Annual report on the working of the mental hospitals in the Madras Presidency - 1912-1932
Year: 1912
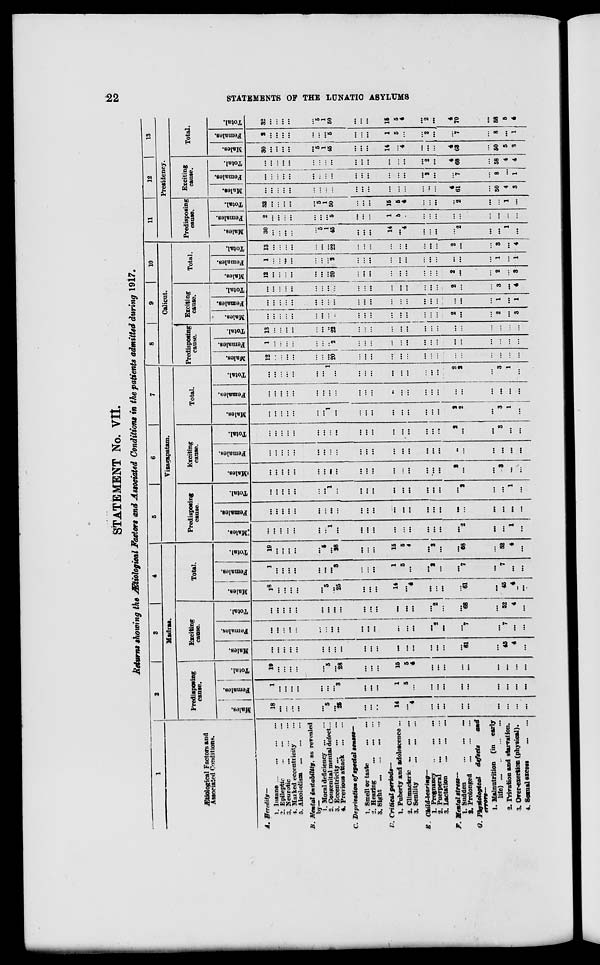
22
STATEMENTS OF THE LUNATIC ASYLUMS
STATEMENT No. VII.
Returns showing the Ætiological Factors and Associated Conditions in the patients admitted during 1917.
1
Ætiological Factors and
Associated Conditions.
A. Heredity—
1. Insane ... ... ... ...
2. Epileptic
...
...
...
3. Neurotic
...
...
...
4. Marked eccentricity ...
5. Alcoholism ...
...
...
B. Mental instability, as revealed
by—
1. Moral deficiency ... ...
2. Congenital mental defect...
3. Eccentricity ... ... ...
4. Previous attack ... ...
C. Deprivation of special senses—
1. Smell or taste
...
...
2. Hearing ... ... ...
3. Sight ...
...
...
...
D. Critical periods—
1. Puberty and adolescence ...
2. Climacteric ... ... ...
3. Senility
...
...
...
E. Child-bearing—
1. Pregnancy
...
...
...
2. Puerperal
...
...
...
3. Lactation ... ... ...
F. Mental stress—
1. Sudden
...
...
...
2. Prolonged
...
...
...
G. Physiological defects and
errors—
1. Malnutrition (in early
life) ... ... ... ...
2. Privation and starvation.
3. Over-exertion (physical).
4.Sexual excess ... ...
2
3
4
Madras.
Predisposing
cause.
Males.
18
...
...
...
...
...
5
...
25
...
...
...
14
...
4
...
...
...
...
...
...
...
...
...
Females.
1
...
...
...
...
...
...
...
3
...
...
...
1
5
...
...
...
...
...
...
...
...
...
...
Total.
19
...
...
...
...
...
5
...
28
...
...
...
15
5
4
...
...
...
...
...
...
...
...
...
Exciting
cause.
Males.
...
...
...
...
...
...
...
...
...
...
...
...
...
...
...
...
...
...
...
61
...
45
4
...
Females.
...
...
...
...
...
...
...
...
...
...
...
...
...
...
...
...
2
...
...
7
...
7
...
...
Total.
...
...
...
...
...
...
...
...
...
...
...
...
...
...
...
... 2
...
...
68
...
52
4
...
Total.
Males.
18
...
...
...
...
...
5
...
25
...
...
...
14
...
4
...
...
...
...
61
...
45
4
...
Females.
1
...
...
...
...
...
...
...
3
...
...
...
1
5
...
...
2
...
...
7
...
7
...
...
Total.
19
...
...
...
...
...
5
...
28
...
...
...
15
5
4
...
2
...
...
68
...
52
4
...
5
6
7
Vizagapatam.
Predisposing
cause.
Males.
...
...
...
...
...
...
...
1
...
...
...
...
...
...
...
...
...
...
...
2
...
...
1
...
Females.
...
...
...
...
...
...
...
...
...
...
...
...
...
...
...
... ...
...
...
...
...
...
...
...
Total.
...
...
...
...
...
...
...
1
...
...
...
...
...
...
...
...
...
...
...
2
...
...
1
...
Exciting
cause.
Males.
...
...
...
...
...
...
...
...
...
...
...
...
...
...
...
...
...
...
2
...
...
3
...
...
Females.
...
...
...
...
...
...
...
...
...
...
...
...
...
...
...
...
...
...
...
...
...
...
...
...
Total.
...
...
...
...
...
...
...
...
...
...
...
...
...
...
...
...
...
...
2
...
...
3
...
...
Total.
Males.
...
...
...
...
...
...
...
1
...
...
...
...
...
...
...
...
...
...
2
2
...
3
1
...
Females.
...
...
...
...
...
...
...
...
...
...
...
...
...
...
...
...
...
...
...
...
...
...
...
...
Total.
...
...
...
...
...
...
...
1
...
...
...
...
...
...
...
...
...
...
2
2
...
3
1
...
8
9
10
Calicut.
Predisposing
cause.
Males.
12
...
...
...
...
...
...
...
20
...
...
...
...
...
...
...
...
...
...
...
...
...
...
...
Females.
1
...
...
...
...
...
...
...
2
...
...
...
...
...
...
...
...
...
...
...
...
...
...
...
Total.
13
...
...
...
...
...
...
...
22
...
...
...
...
...
...
...
...
...
...
...
...
...
...
...
Exciting
cause.
Males.
...
...
...
...
...
...
...
1
...
...
...
...
...
...
...
...
...
...
2
...
...
2
...
3
Females.
...
...
...
...
...
...
...
...
...
...
...
...
...
...
...
...
...
...
...
...
...
1
...
1
Total.
...
...
...
...
...
...
...
...
...
...
...
...
...
...
...
...
...
...
2
...
...
3
...
4
Total.
Males.
12
...
...
...
...
...
...
...
20
...
...
...
...
...
...
...
...
...
2
...
...
2
...
3
Females.
1
...
...
...
...
...
...
...
2
...
...
...
...
...
...
...
...
...
...
...
...
1
...
1
Total.
13
...
...
...
...
...
...
...
22
...
...
...
...
...
...
...
...
...
2
...
...
3
...
4
11
12
13
Presidency.
Predisposing
cause.
Males.
30
...
...
...
...
...
5
1
45
...
...
...
14
...
4
...
...
...
...
2
...
...
1
...
Females.
2
...
...
...
...
...
...
...
5
...
...
...
1
5
...
...
...
...
...
...
...
...
...
...
Total.
32
...
...
...
...
...
5
1
50
...
...
...
15
5
4
...
...
...
...
2
...
...
1
...
Exciting
cause.
Males.
...
...
...
...
...
...
...
...
...
...
...
...
...
...
...
...
...
...
4
61
...
50
4
3
Females.
...
...
...
...
...
...
...
...
...
...
...
...
...
...
...
...
2
...
... 7
...
8
...
1
Total.
...
...
...
...
...
...
...
...
...
...
...
...
...
...
...
...
2
...
4
68
...
58
4
4
Total.
Males.
30
...
...
...
...
...
5
1
45
...
...
...
14
...
...
...
...
...
4
63
...
50
5
3
Females.
2
...
...
...
...
...
...
...
5
...
...
...
1
5
...
...
2
...
...
7
...
8
...
1
Total.
32
...
...
...
...
...
5
1
50
...
...
...
15
5
4
...
2
...
4
70
...
58
5
4